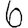
Digit: 6